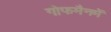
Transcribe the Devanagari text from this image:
गोफमैनमें